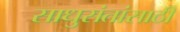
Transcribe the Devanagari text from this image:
साधुसंतांसाठी